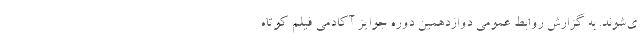
ی‌شوند. به گزارش روابط عمومی دوازدهمین دوره جوایز آکادمی فیلم کوتاه